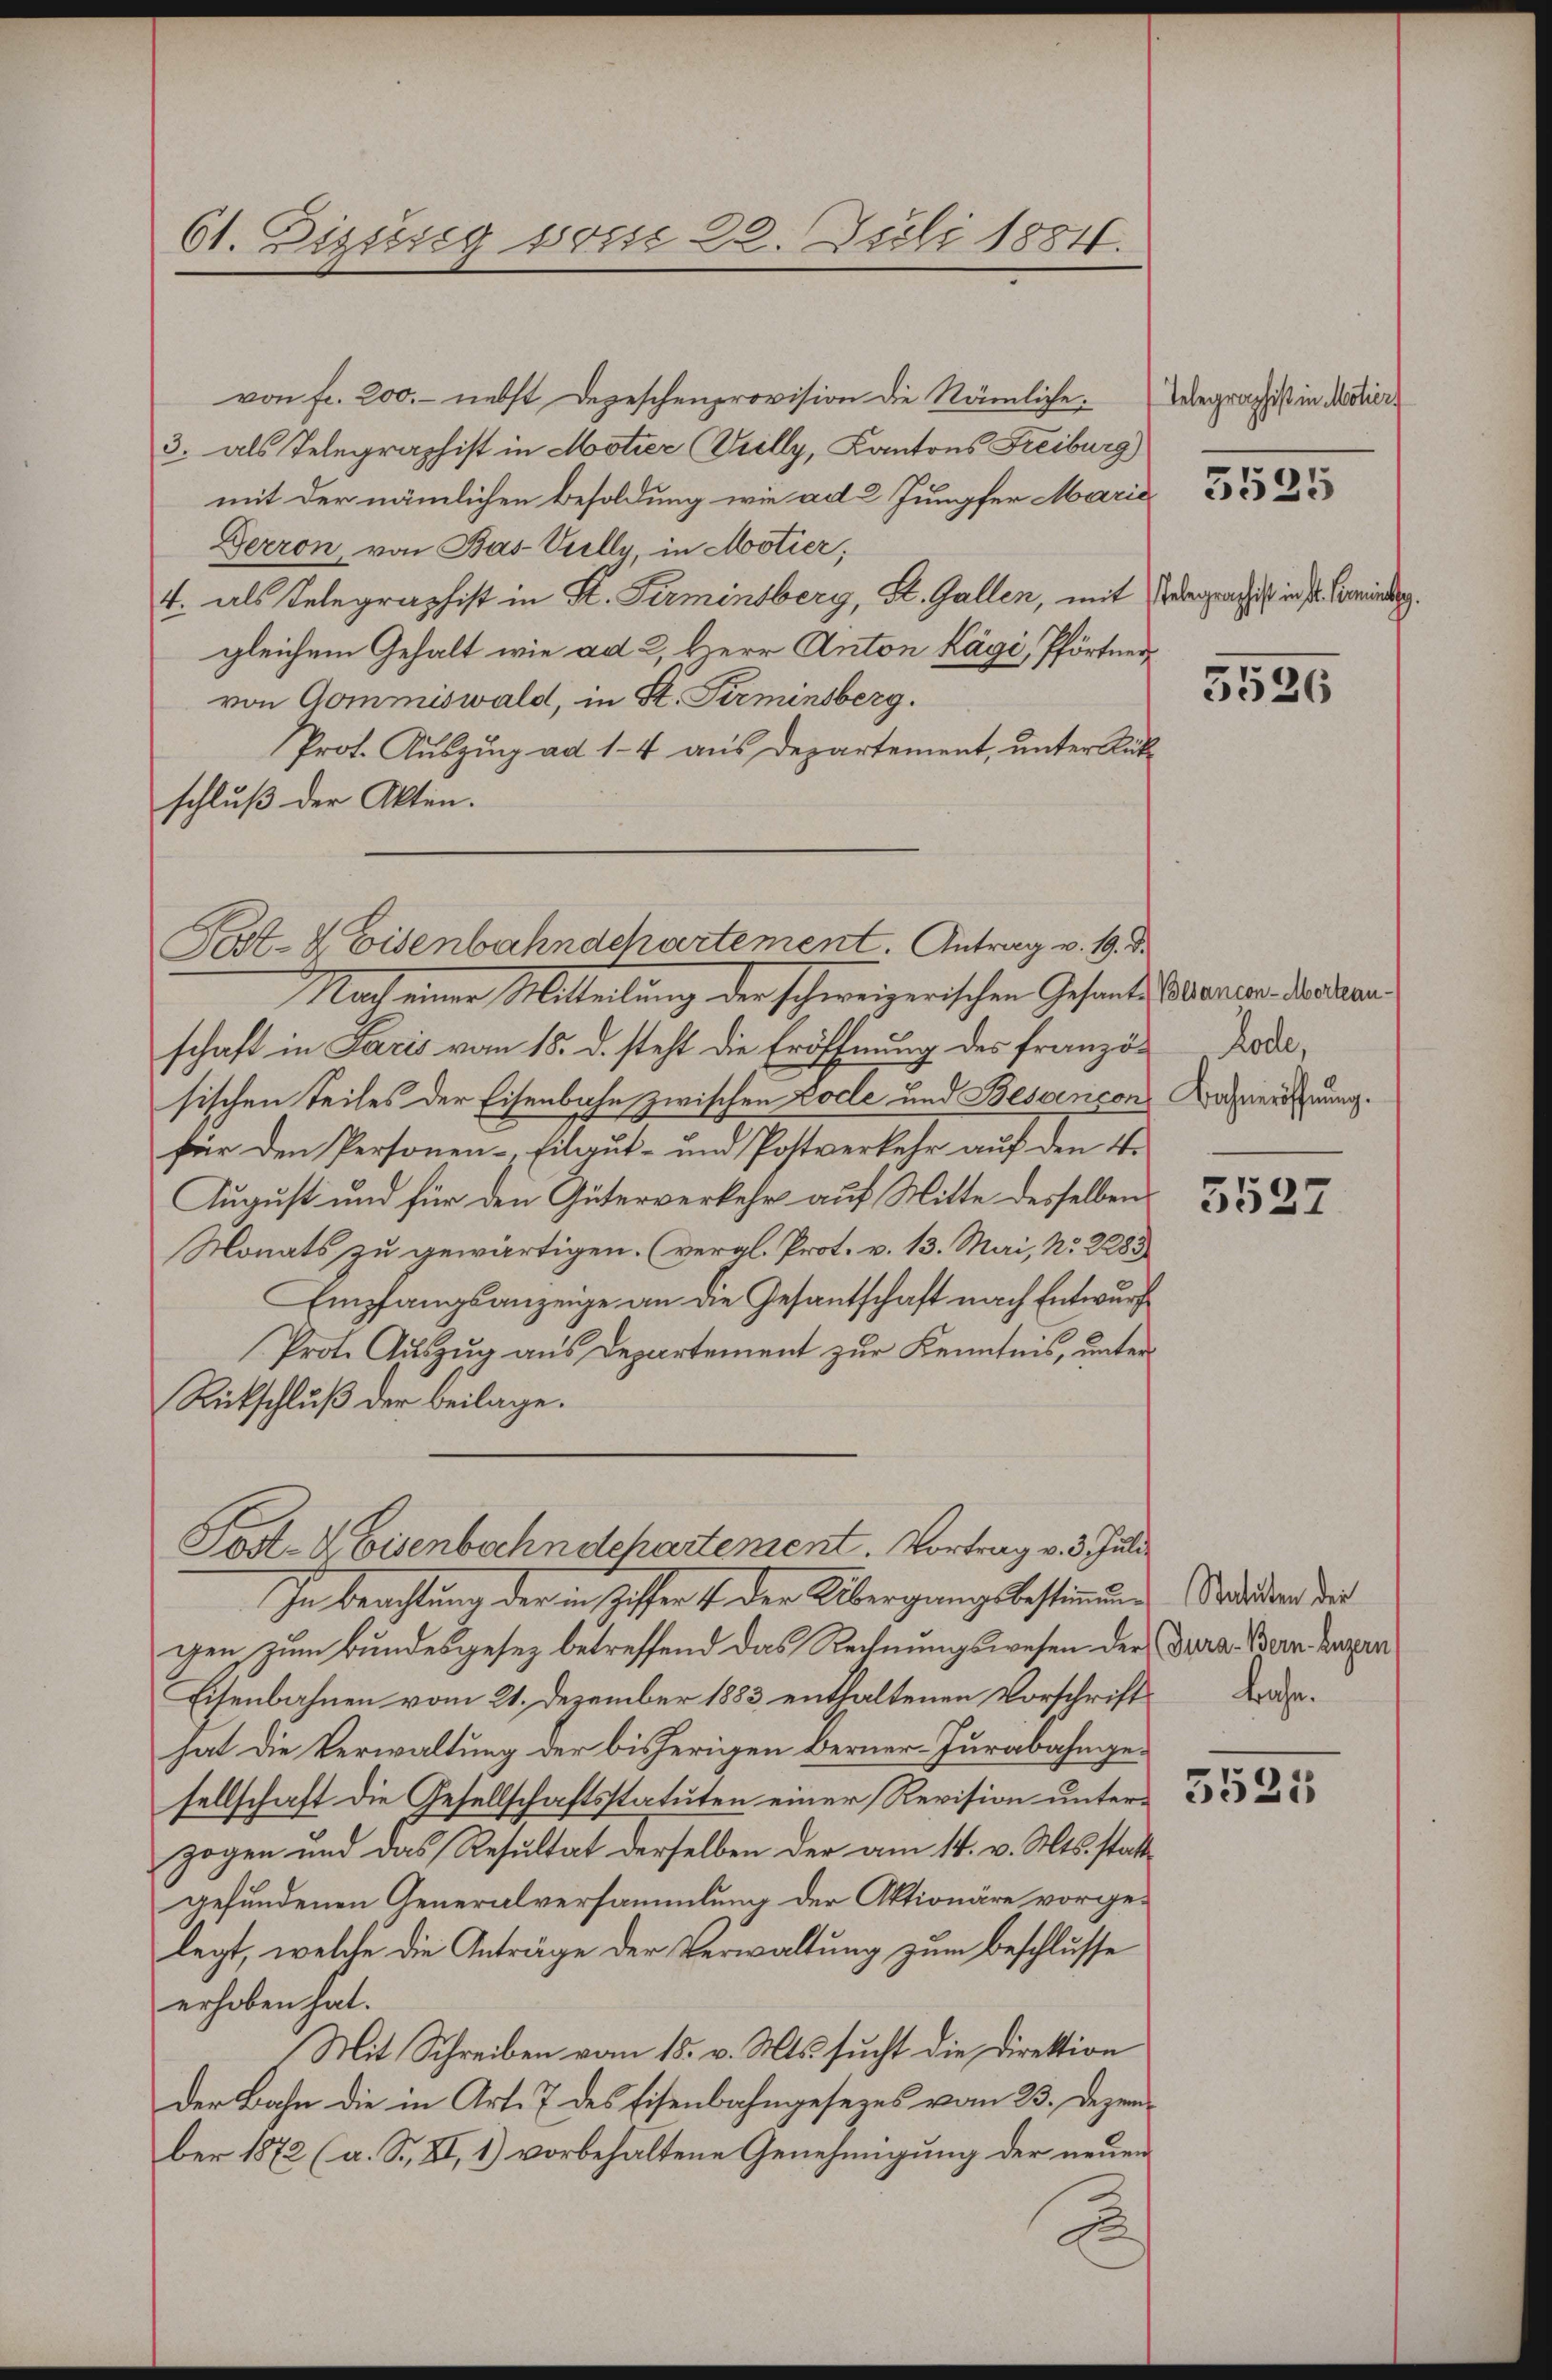
61. Disssig von 28. Juli 1884.

von fr. 200.- nebst Depeschenprovision die Nämliche.
3. als Telegraphist in Motier Willy, Kantons Freiburg
mit der nämlichen Besoldung wie ad 2. Jungfer Marie
Gerron, von Bas-Vielly, in Motier;
4. als Telegraphist in St. Ferminsberg, St. Gallen, mit Bergrath ist in s. Bindung.
gleichem Gehalt wie ad 2, Herr Anton Kägi, Pförtner
von Gommiswald, in St. Pirminsberg.
Prof. Auszug ad 1-4 aus Departement, unter Rükschluß der Akten.
Nach einer Mitteilung der schweizerischen Gesantes darina Marian
schaft in Paris vom 15. d. steht die Eröffnung des französischen Teiles der Eisenbahn zwischen Loche und Besançons Daveröfnung.
für den Personen-Filgut- und Postverkehr auf den 4.
August und für den Güterverkehr auf Mitte desselben
Monats zu gewärtigen. (vergl. Prot. v. 13. Mai, Nr. 2283)
Empfangsanzeige an die Gesantschaft nach Entwurf
Prote Auszug aus Departement zur Kenntnis, unter¬
Rückschluß der Beilage.
Post-Keisenbachndchartement. Vortrag v. 3. Juli
In beachtung der in Hoffen der Übergangsbestimmungen, zum Bundesgesez betreffend das Rechnungswesen der Dara. Bern Kappen
Eisenbahnen vom 21. Dezember 1883 enthaltenen Vorschrift Baahat die Verwaltung der bisherigen Berner-Jurabahmgesellschaft die Gesellschaftsstatuten einer Revision unterzogen und das Resultat derselben der am 14. v. Mts. stattgefundenen Generalversammlung der Aktionäre vorgelegt, welche die Anträge der Verwaltung zum Beschlusse
erhoben hat.
Mit Schreiben vom 15. v. Mts. sucht die Direktion
der Bahn die in Art. 7 des Eisenbahngesezes vom 23. Dezember 1872 (a. S. XI, 1) vorbehaltene Genehmigung der neuen

Post- & Eisenbahndchartement. Antrag v. 19. d.

c

Telegraphist in Motier

3535

5526

Rode,

5527

Statuten der

5525